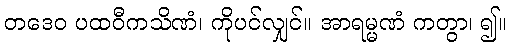
တဒေဝ ပထဝီကသိဏံ၊ ကိုပင်လျှင်။ အာရမ္မဏံ ကတွာ၊ ၍။